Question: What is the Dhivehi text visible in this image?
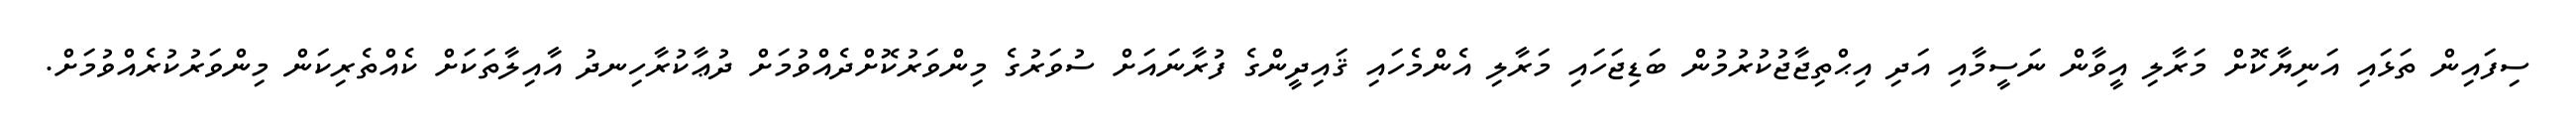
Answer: ސިފައިން ތަޅައި އަނިޔާކޮށް މަރާލި އީވާން ނަސީމާއި އަދި އިޙްތިޖާޖުކުރުމުން ބަޑިޖަހައި މަރާލި އެންމެހައި ޤައިދީންގެ ފުރާނައަށް ސުވަރުގެ މިންވަރުކޮށްދެއްވުމަށް ދުޢާކުރާހިނދު އާއިލާތަކަށް ކެއްތެރިކަން މިންވަރުކުރެއްވުމަށް.